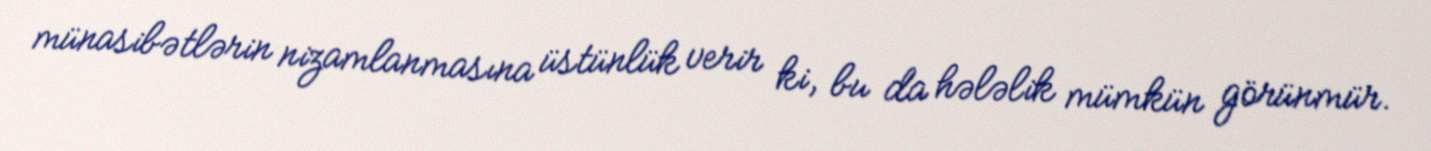
münasibətlərin nizamlanmasına üstünlük verir ki, bu da hələlik mümkün görünmür.